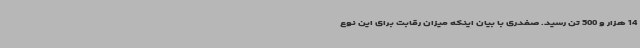
14 هزار و 500 تن رسید. صفدری با بیان اینکه میزان رقابت برای این نوع